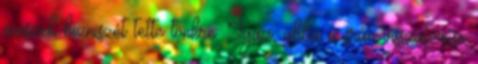
maszek bizniszét tette tönkre. Igaz, abba a srác visszatérése